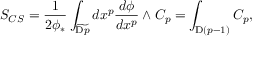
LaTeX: S _ { C S } = \frac { 1 } { 2 \phi _ { * } } \int _ { \widetilde { \mathrm { D } p } } d x ^ { p } \frac { d \phi } { d x ^ { p } } \wedge C _ { p } = \int _ { \mathrm { D } ( p - 1 ) } C _ { p } ,